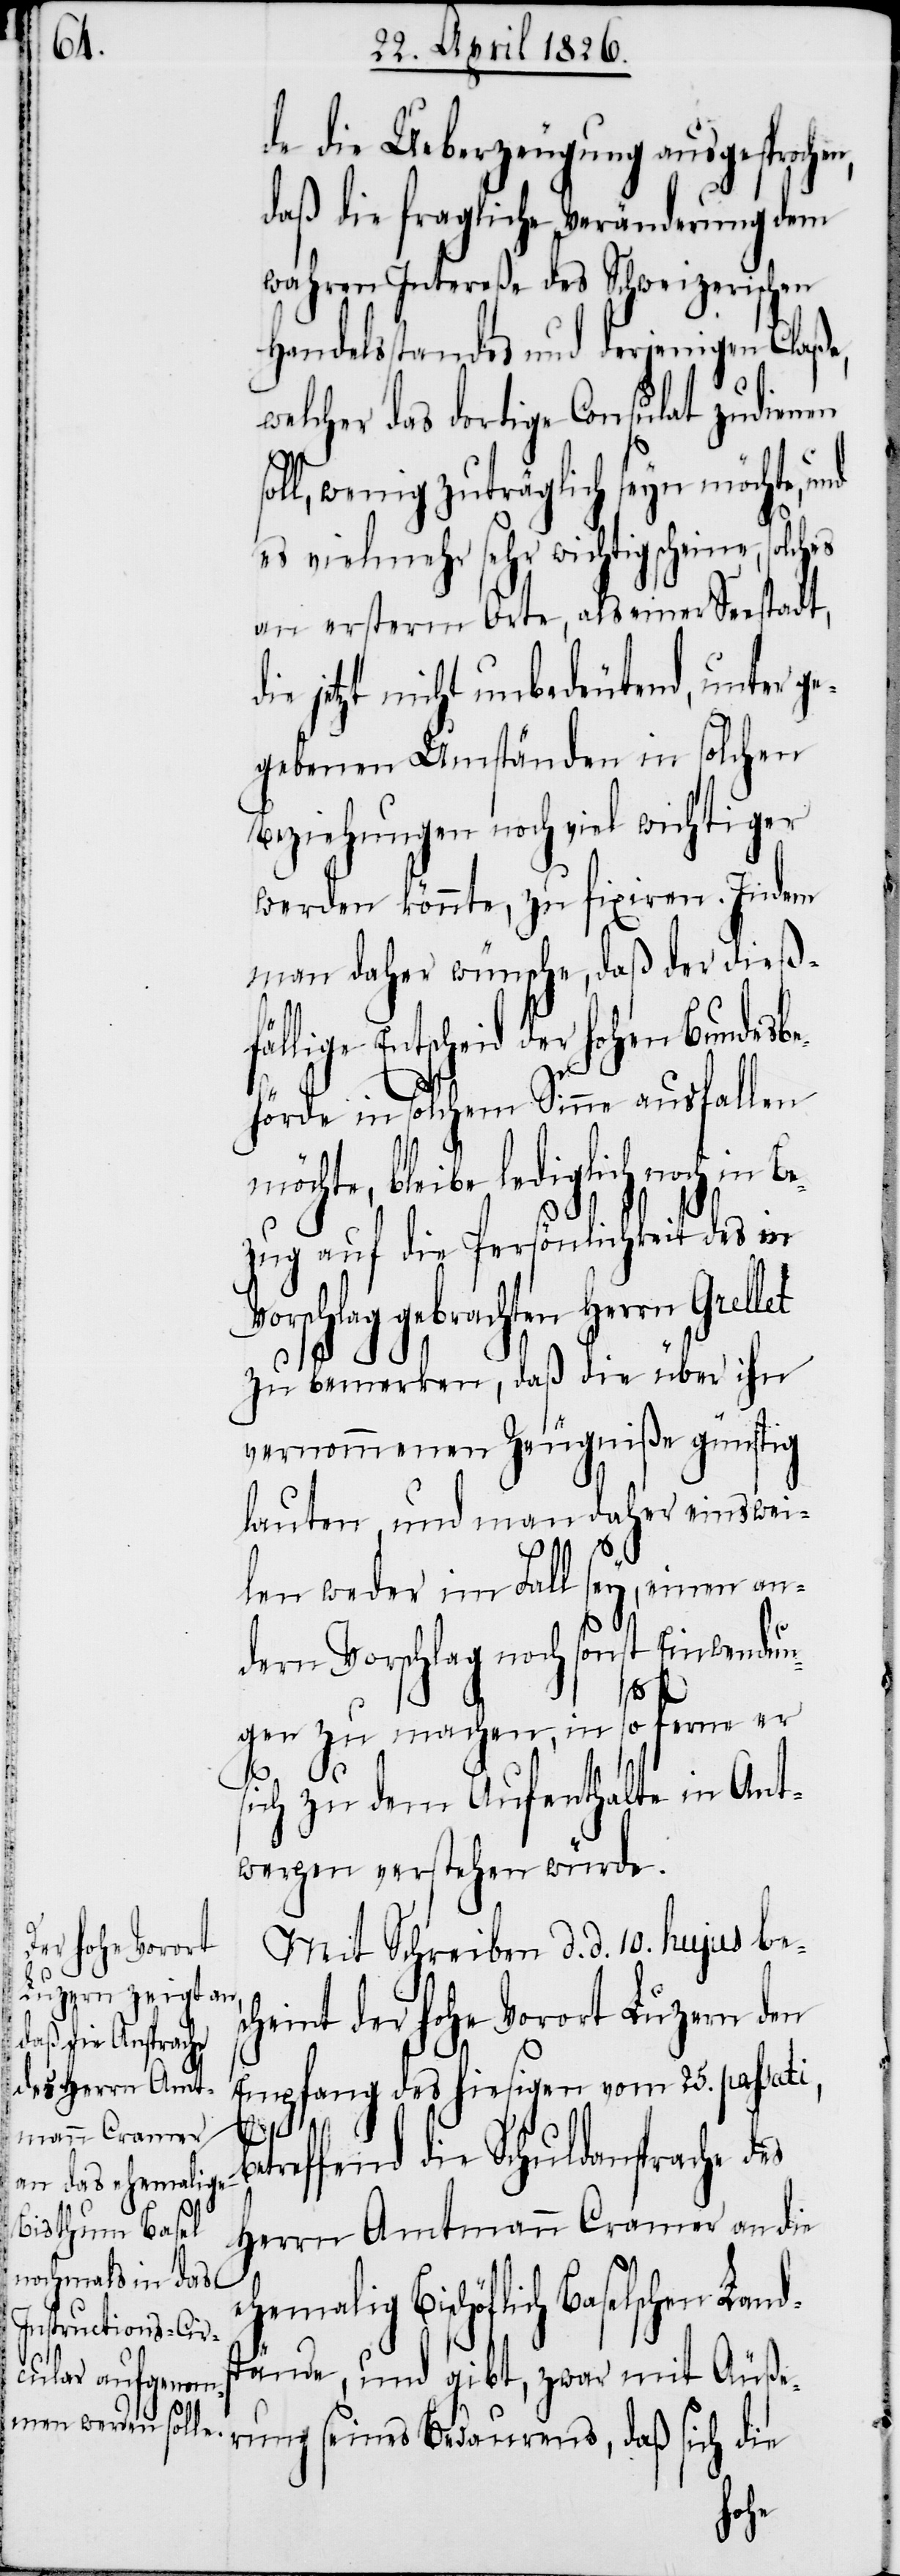
de die Ueberzeugung ausgesproche¬
daß die fragliche Veränderung dem
wahren Intereße des Schweizerischen
Handelsstandes und derjenigen Claß¬
welcher das dortige Consulat zudienen
oll, wenig zuträglich seyn möchte, und
es vielmehr sehr wichtig scheine,
an ersterm Orte, als einer Seestadt,
jetzt nicht unbedeutend, unter ge¬
gebenen Umständen in solchen
Beziehungen noch viel wichtiger
werden könnte, zu fixiren. Indem
man daher wünsche, daß der dieß¬
lige Entscheid der hohen Bundesb¬
ehörde in solchem Sinne ausfallen
möchte, bleibe lediglich noch
zug auf die Persönlichkeit des in
rschlag gebrachten Herrn
zu bemerken, daß die über ihn
vernommenen Zeugniße günstig
lauten, und man daher einswei¬
len weder im Fall sey, einen an¬
dern Vorschlag noch sonst Einwendun¬
gen zu machen, in so ferne er
sich zu dem Aufenthalte in Ant¬
werpen verstehen würde.
Mit Schreiben d. d. 10. hujus bes¬
cheint der hohe Vorort Luzern den
Empfang des hiesigen vom 25. passati,
be¬
treffend die Schuldansprache des
Herrn Amtmann Cramer an die
Bischöflich Baselschen Land¬
stände, und gibt, zwar mit Äuße¬
rung seines Bedauerns, daß sich die
Vo¬